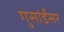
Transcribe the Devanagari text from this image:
गुसांईंसर